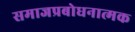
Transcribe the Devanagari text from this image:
समाजप्रबोधनात्मक